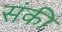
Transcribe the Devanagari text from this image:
संकी